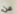
عن